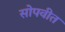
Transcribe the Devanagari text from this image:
सोपवीत